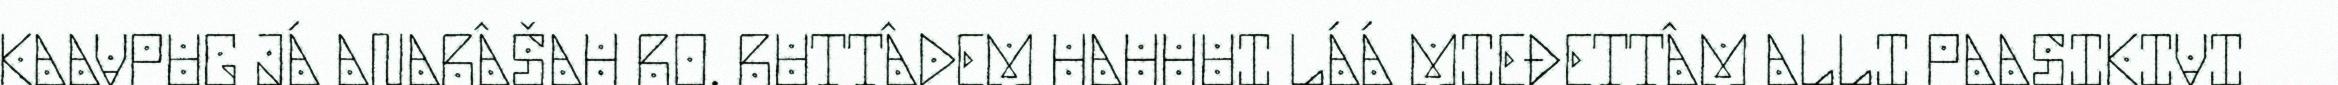
KAAVPUG JÁ ANARÂŠAH RO. RUTTÂDEM HAHHUI LÁÁ MIEĐETTÂM ALLI PAASIKIVI